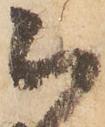
被